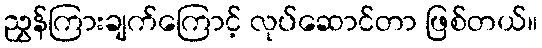
ညွှန်ကြားချက်ကြောင့် လုပ်ဆောင်တာ ဖြစ်တယ်။